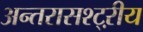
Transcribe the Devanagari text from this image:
अन्तरासश्ट्ऱीय